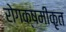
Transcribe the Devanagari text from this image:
रोगक्षमीकृत